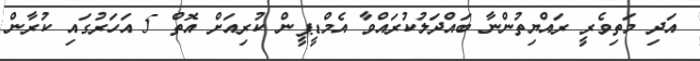
އަދި މަތިވެރީ ރައްޔިތުންނާ ބައްދަލުކުރައްވާ އެމްޑީޕީން ކުރިއަށް އޮތް 5 އަހަރުގައި ކުރާން